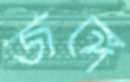
জঙ্গে